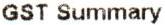
GST SUMMARY